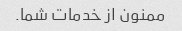
ممنون از خدمات شما.